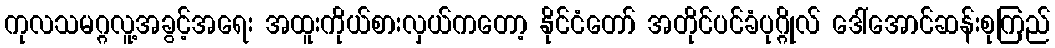
ကုလသမဂ္ဂလူ့အခွင့်အရေး အထူးကိုယ်စားလှယ်ကတော့ နိုင်ငံတော် အတိုင်ပင်ခံပုဂ္ဂိုလ် ဒေါ်အောင်ဆန်းစုကြည်